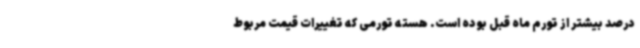
درصد بیشتر از تورم ماه قبل بوده است. هسته تورمی که تغییرات قیمت مربوط